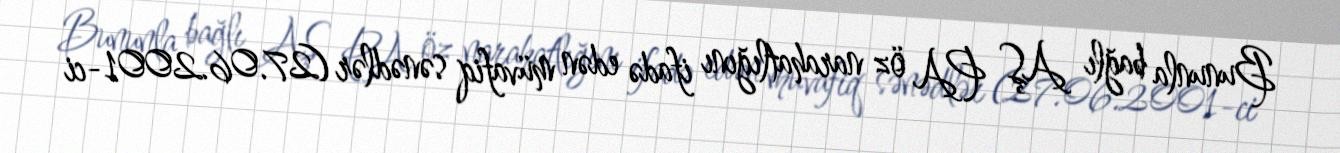
Bununla bağlı AŞ PA öz narahatlığını ifadə edən müvafiq sənədlər (27.06.2001-ci